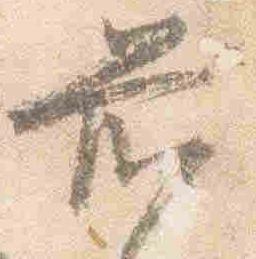
前